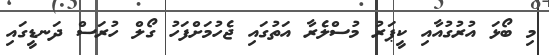
މި ބޯޅަ އުރުގުއާއި ކީޕަރު މުސްލެރާ އަތުގައި ޖެހުމަށްފަހު ގޯލް ހުރަސް ދަނޑީގައި